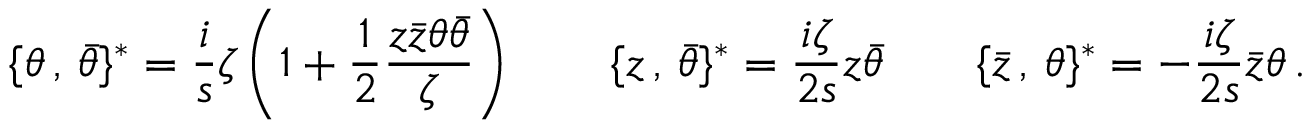
\{ \theta \, , \, \bar { \theta } \} ^ { \ast } = \frac { i } { s } \zeta \left( 1 + \frac { 1 } { 2 } \frac { z \bar { z } \theta \bar { \theta } } { \zeta } \right) \qquad \{ z \, , \, \bar { \theta } \} ^ { \ast } = \frac { i \zeta } { 2 s } z \bar { \theta } \qquad \{ \bar { z } \, , \, \theta \} ^ { \ast } = - \frac { i \zeta } { 2 s } \bar { z } \theta \, .